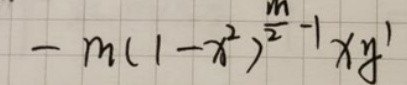
\[ - m(1 - x^{2})^{\frac{m}{2}-1}xy' \]